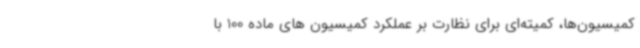
کمیسیون‌ها، کمیته‌ای برای نظارت بر عملکرد کمیسیون های ماده 100 با